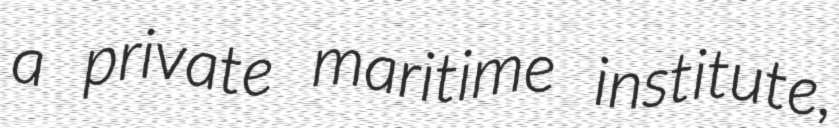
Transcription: a private maritime institute,